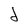
Character: d